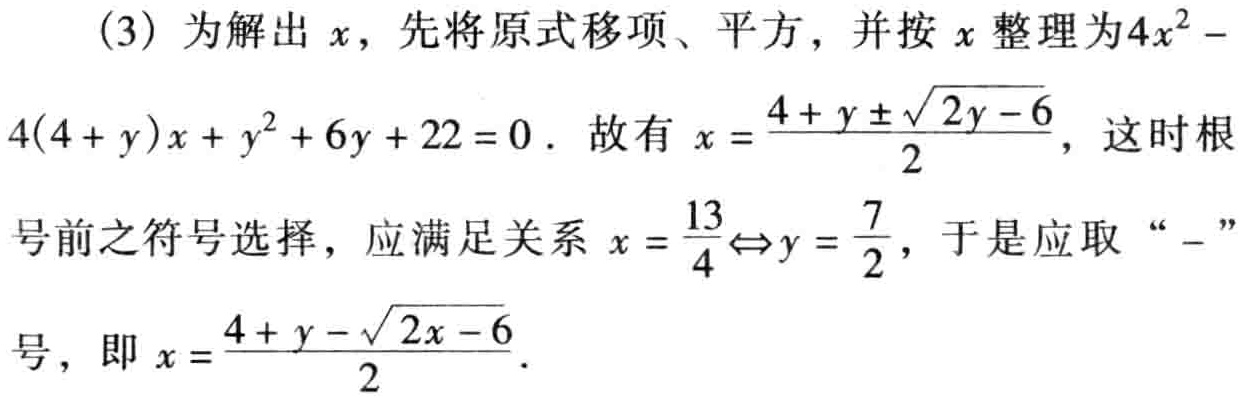
(3) 为解出 \(x\)，先将原式移项、平方，并按 \(x\) 整理为 \(4x^{2}-4(4 + y)x + y^{2}+6y + 22 = 0\)。故有 \(x = \frac{4 + y\pm\sqrt{2y - 6}}{2}\)，这时根号前之符号选择，应满足关系 \(x = \frac{13}{4}\Leftrightarrow y = \frac{7}{2}\)，于是应取 “\(-\)” 号，即 \(x = \frac{4 + y-\sqrt{2x - 6}}{2}\)。